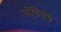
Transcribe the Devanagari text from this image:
सेडियम